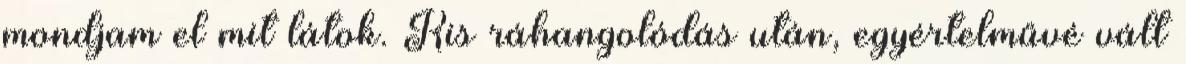
mondjam el mit látok. Kis ráhangolódás után, egyértelművé vált